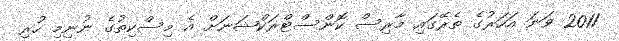
2011 ވަނަ އަހަރުގެ ތެރޭގައި މާރިސް ކޮންސްޓްރަކްޝަނަށް އެ މިސްކިތުގެ ނުނިމި ހުރި